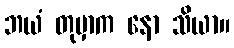
ဘယံ တုမှာက နော သိယာ။